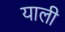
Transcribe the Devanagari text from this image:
याली